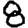
Digit: 8